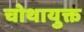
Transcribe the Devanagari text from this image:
चोथायुक्त